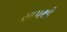
સાપથી